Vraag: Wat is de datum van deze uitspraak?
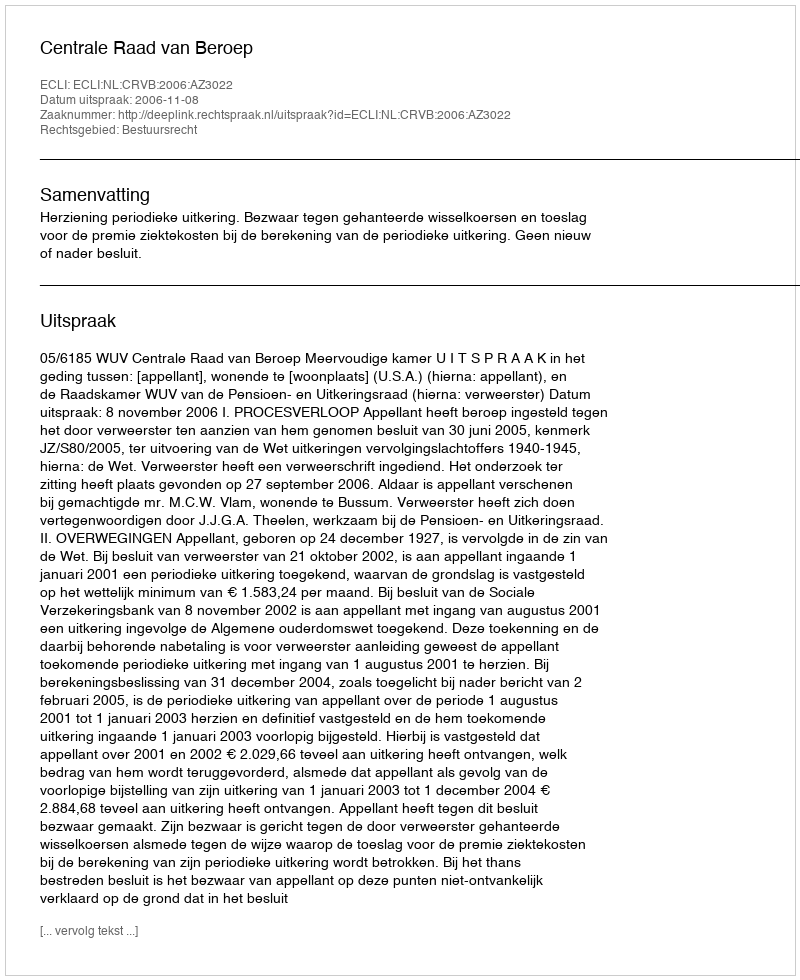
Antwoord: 2006-11-08